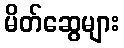
မိတ်ဆွေများ